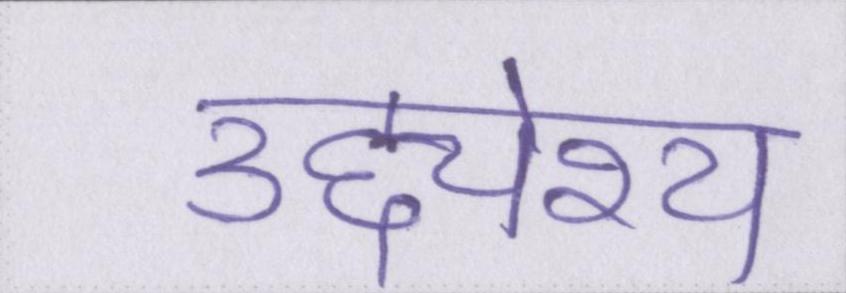
उद्द्येश्य